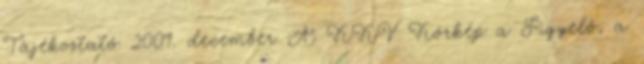
Tájékoztató 2009. december A KKV Körkép a Figyelő, a